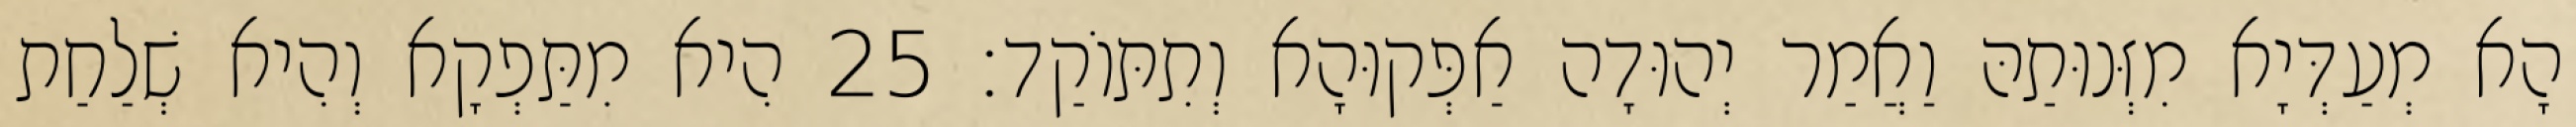
הָא מְעַדְּיָא מִזְּנוּתַהּ וַאֲמַר יְהוּדָה אַפְּקוּהָא וְתִתּוֹקַד׃ 25 הִיא מִתַּפְקָא וְהִיא שְׁלַחַת